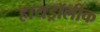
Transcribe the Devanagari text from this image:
हायड्रॉलीक